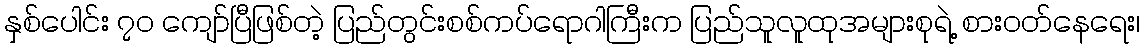
နှစ်ပေါင်း ၇၀ ကျော်ပြီဖြစ်တဲ့ ပြည်တွင်းစစ်ကပ်ရောဂါကြီးက ပြည်သူလူထုအများစုရဲ့ စားဝတ်နေရေး၊